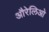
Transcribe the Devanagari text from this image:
औरेलिओ